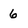
Character: 6